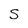
Character: S